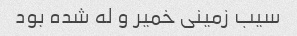
سیب زمینی خمیر و له شده بود